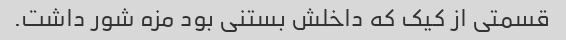
قسمتی از کیک که داخلش بستنی بود مزه شور داشت.